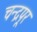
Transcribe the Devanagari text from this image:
चन्द्रपूर